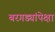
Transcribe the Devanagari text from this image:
बरगड्यांपेक्षा